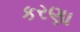
કરણા